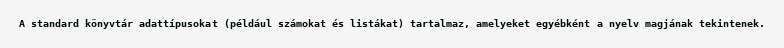
A standard könyvtár adattípusokat (például számokat és listákat) tartalmaz, amelyeket egyébként a nyelv magjának tekintenek.